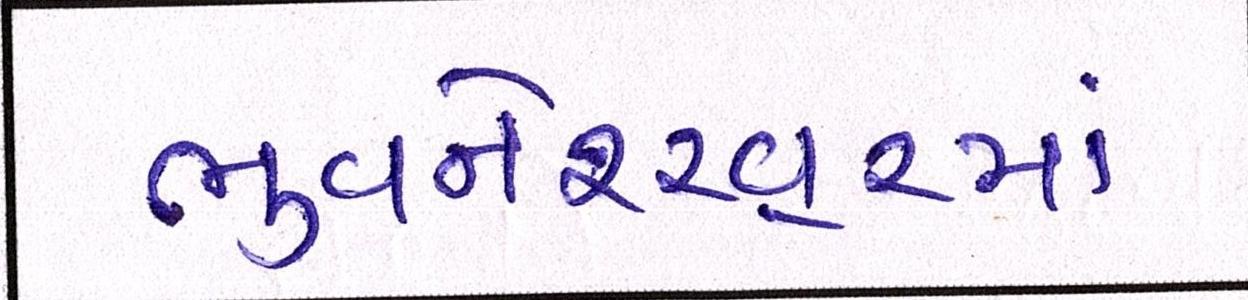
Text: ભુવનેશ્ર્વરમાં